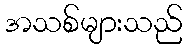
အသစ်များသည်